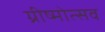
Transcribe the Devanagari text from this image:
ग्रीष्मोत्सव